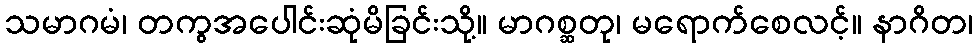
သမာဂမံ၊ တကွအပေါင်းဆုံမိခြင်းသို့။ မာဂစ္ဆတု၊ မရောက်စေလင့်။ နာဂိတ၊